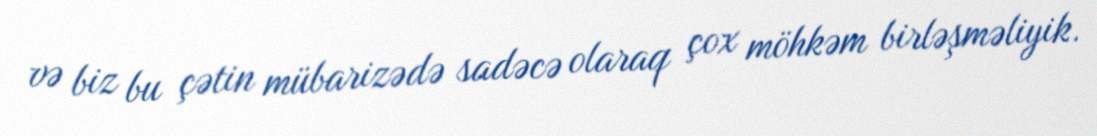
və biz bu çətin mübarizədə sadəcə olaraq çox möhkəm birləşməliyik.